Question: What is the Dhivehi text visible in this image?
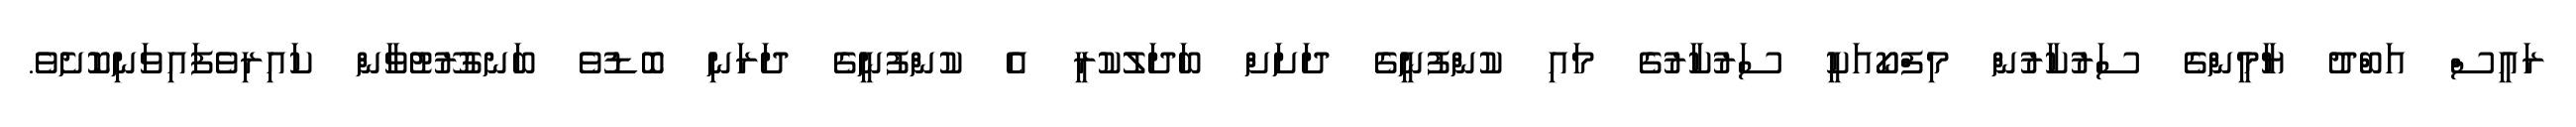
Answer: ރައީސް އަބްދު ޔާމީންގެ ސަރުކާރުން މިފްކޯއަކީ ސަރުކާރުގެ މައި ކުންފުނީގެ ދަށަށް ބަދަލުކުރީ އެ ކުންފުނީގެ ދަރަނި ބޮޑުވެ ބަނގުރޫޓުވާން ކައިރިވެފައިވަނިކޮށެވެ.